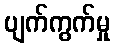
ပျက်ကွက်မှု